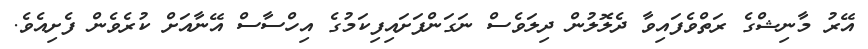
އޭރު މާނިޝްގެ ރަތްވެފައިވާ ދެލޮލުން ދިލަވެސް ނަގަންފަށައިފިކަމުގެ އިހްސާސް އޭނާއަށް ކުރެވެން ފެށިއެވެ.